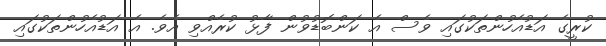
ކުރީގެ އަޑުއެހުންތަކުގައި ވެސް އެ ކަންބޮޑުވުން ފާޅު ކުރެއްވި އެވެ. އެ އަޑުއެހުންތަކުގައި